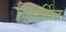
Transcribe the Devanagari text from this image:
विपर्यित